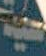
حية